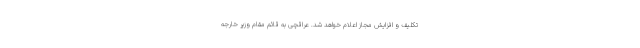
تکلیف و افزایش مجاز اعلام خواهد شد. عراقچی به قائم مقام وزیر خارجه